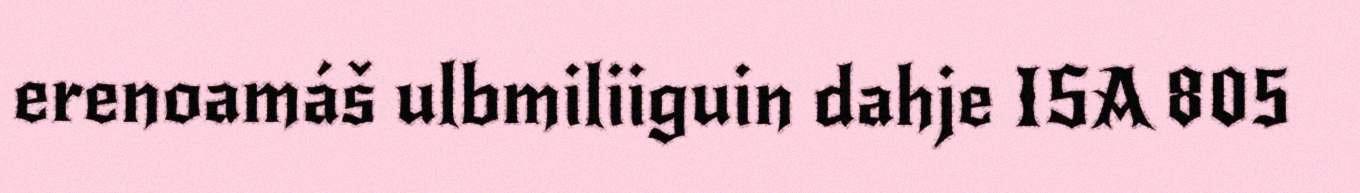
erenoamáš ulbmiliiguin dahje ISA 805